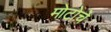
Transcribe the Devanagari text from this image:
मोटोचे